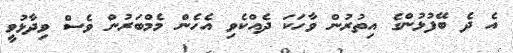
އެ ދެ ބޭފުޅުންގެ އިތުރުން ވާހަކަ ދެއްކެވި އެހެން މެމްބަރުން ވެސް ވިދާޅުވީ